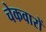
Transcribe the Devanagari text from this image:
चेकवारों